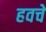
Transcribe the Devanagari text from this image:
हवचे